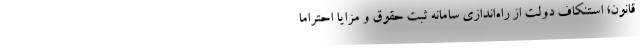
قانون؛ استنکاف دولت از راه‌اندازی سامانه ثبت حقوق و مزایا احتراما